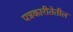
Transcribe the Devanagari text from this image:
पत्रकारीतेतील